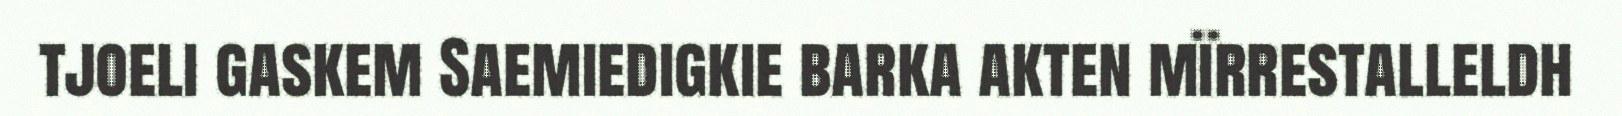
tjoeli gaskem Saemiedigkie barka akten mïrrestalleldh